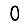
Digit: 0